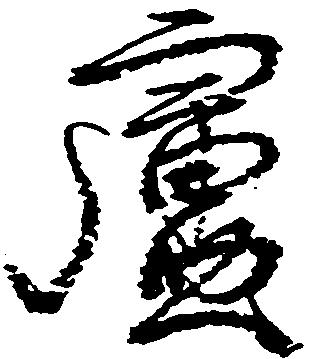
慮